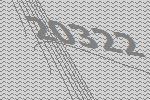
20322